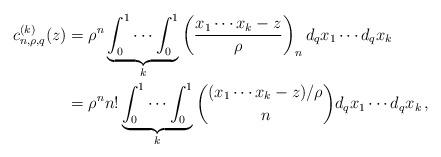
LaTeX: \begin{align*} c_{n,\rho,q}^{(k)}(z)&=\rho^n\underbrace{\int_0^1\cdots\int_0^1}_k\left(\frac{x_1\cdots x_k-z}{\rho}\right)_n d_q x_1\cdots d_q x_k\\&=\rho^n n!\underbrace{\int_0^1\cdots\int_0^1}_k\binom{(x_1\cdots x_k-z)/\rho}{n}d_q x_1\cdots d_q x_k\,, \end{align*}